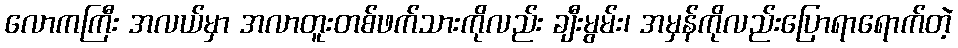
လောကကြီး အလယ်မှာ အလာတူးတစ်ဖက်သားကိုလည်း ချီးမွမ်း၊ အမှန်ကိုလည်းပြောရာရောက်တဲ့